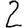
Digit: 2